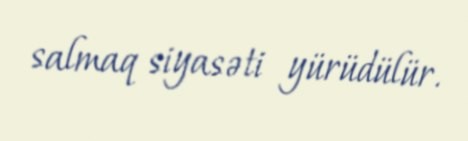
salmaq siyasəti yürüdülür.